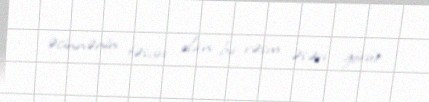
əcinnənin təsviri olan bir rəsm əsəri görür.